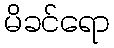
မိခင်ရော